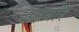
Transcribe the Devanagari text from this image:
आरबॉर